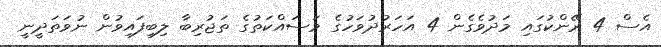
އެސް 4 ރޭންކުގައި މަދުވެގެން 4 އަހަރުދުވަހުގެ މަސައްކަތުގެ ތަޖުރިބާ ލިބިފައިވުން ނުވަތަދީނީ